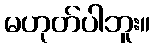
မဟုတ်ပါဘူး။